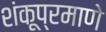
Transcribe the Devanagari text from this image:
शंकूप्रमाणे